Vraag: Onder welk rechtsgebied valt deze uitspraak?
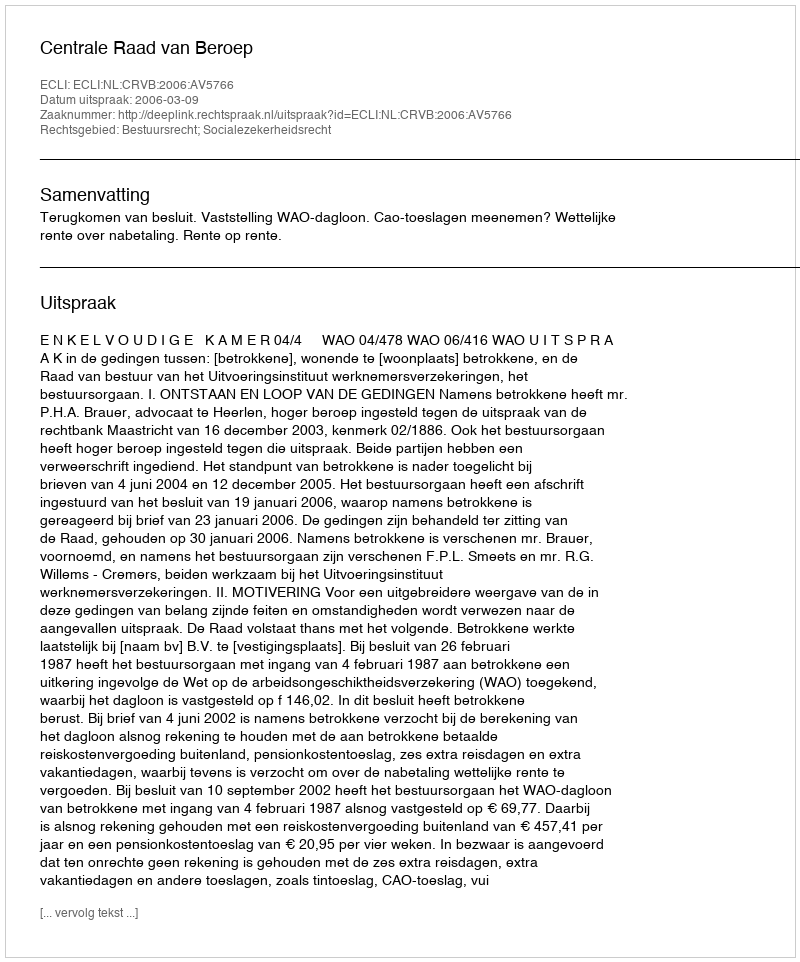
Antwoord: Bestuursrecht; Socialezekerheidsrecht